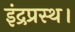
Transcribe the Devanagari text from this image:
इंद्रप्रस्थ।